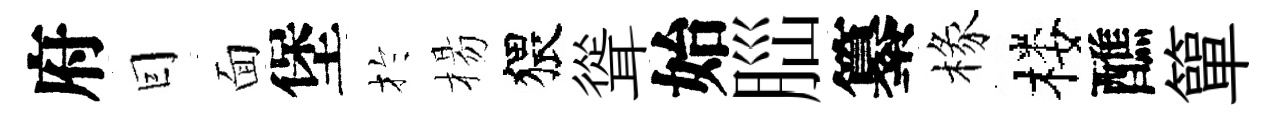
府囙面堡扵楊猥聳始𦛁纂椽楼醮簞